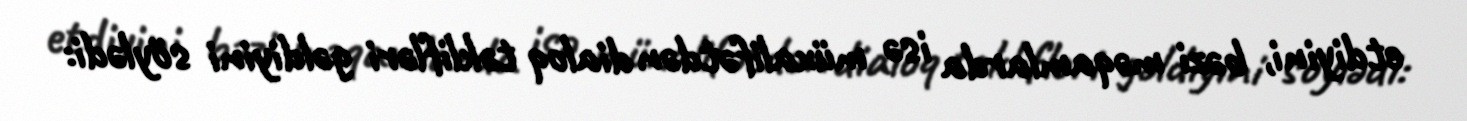
etdiyini, bəzi məqamlarda isə müxalifətdən dialoq təklifləri gəldiyini söylədi: